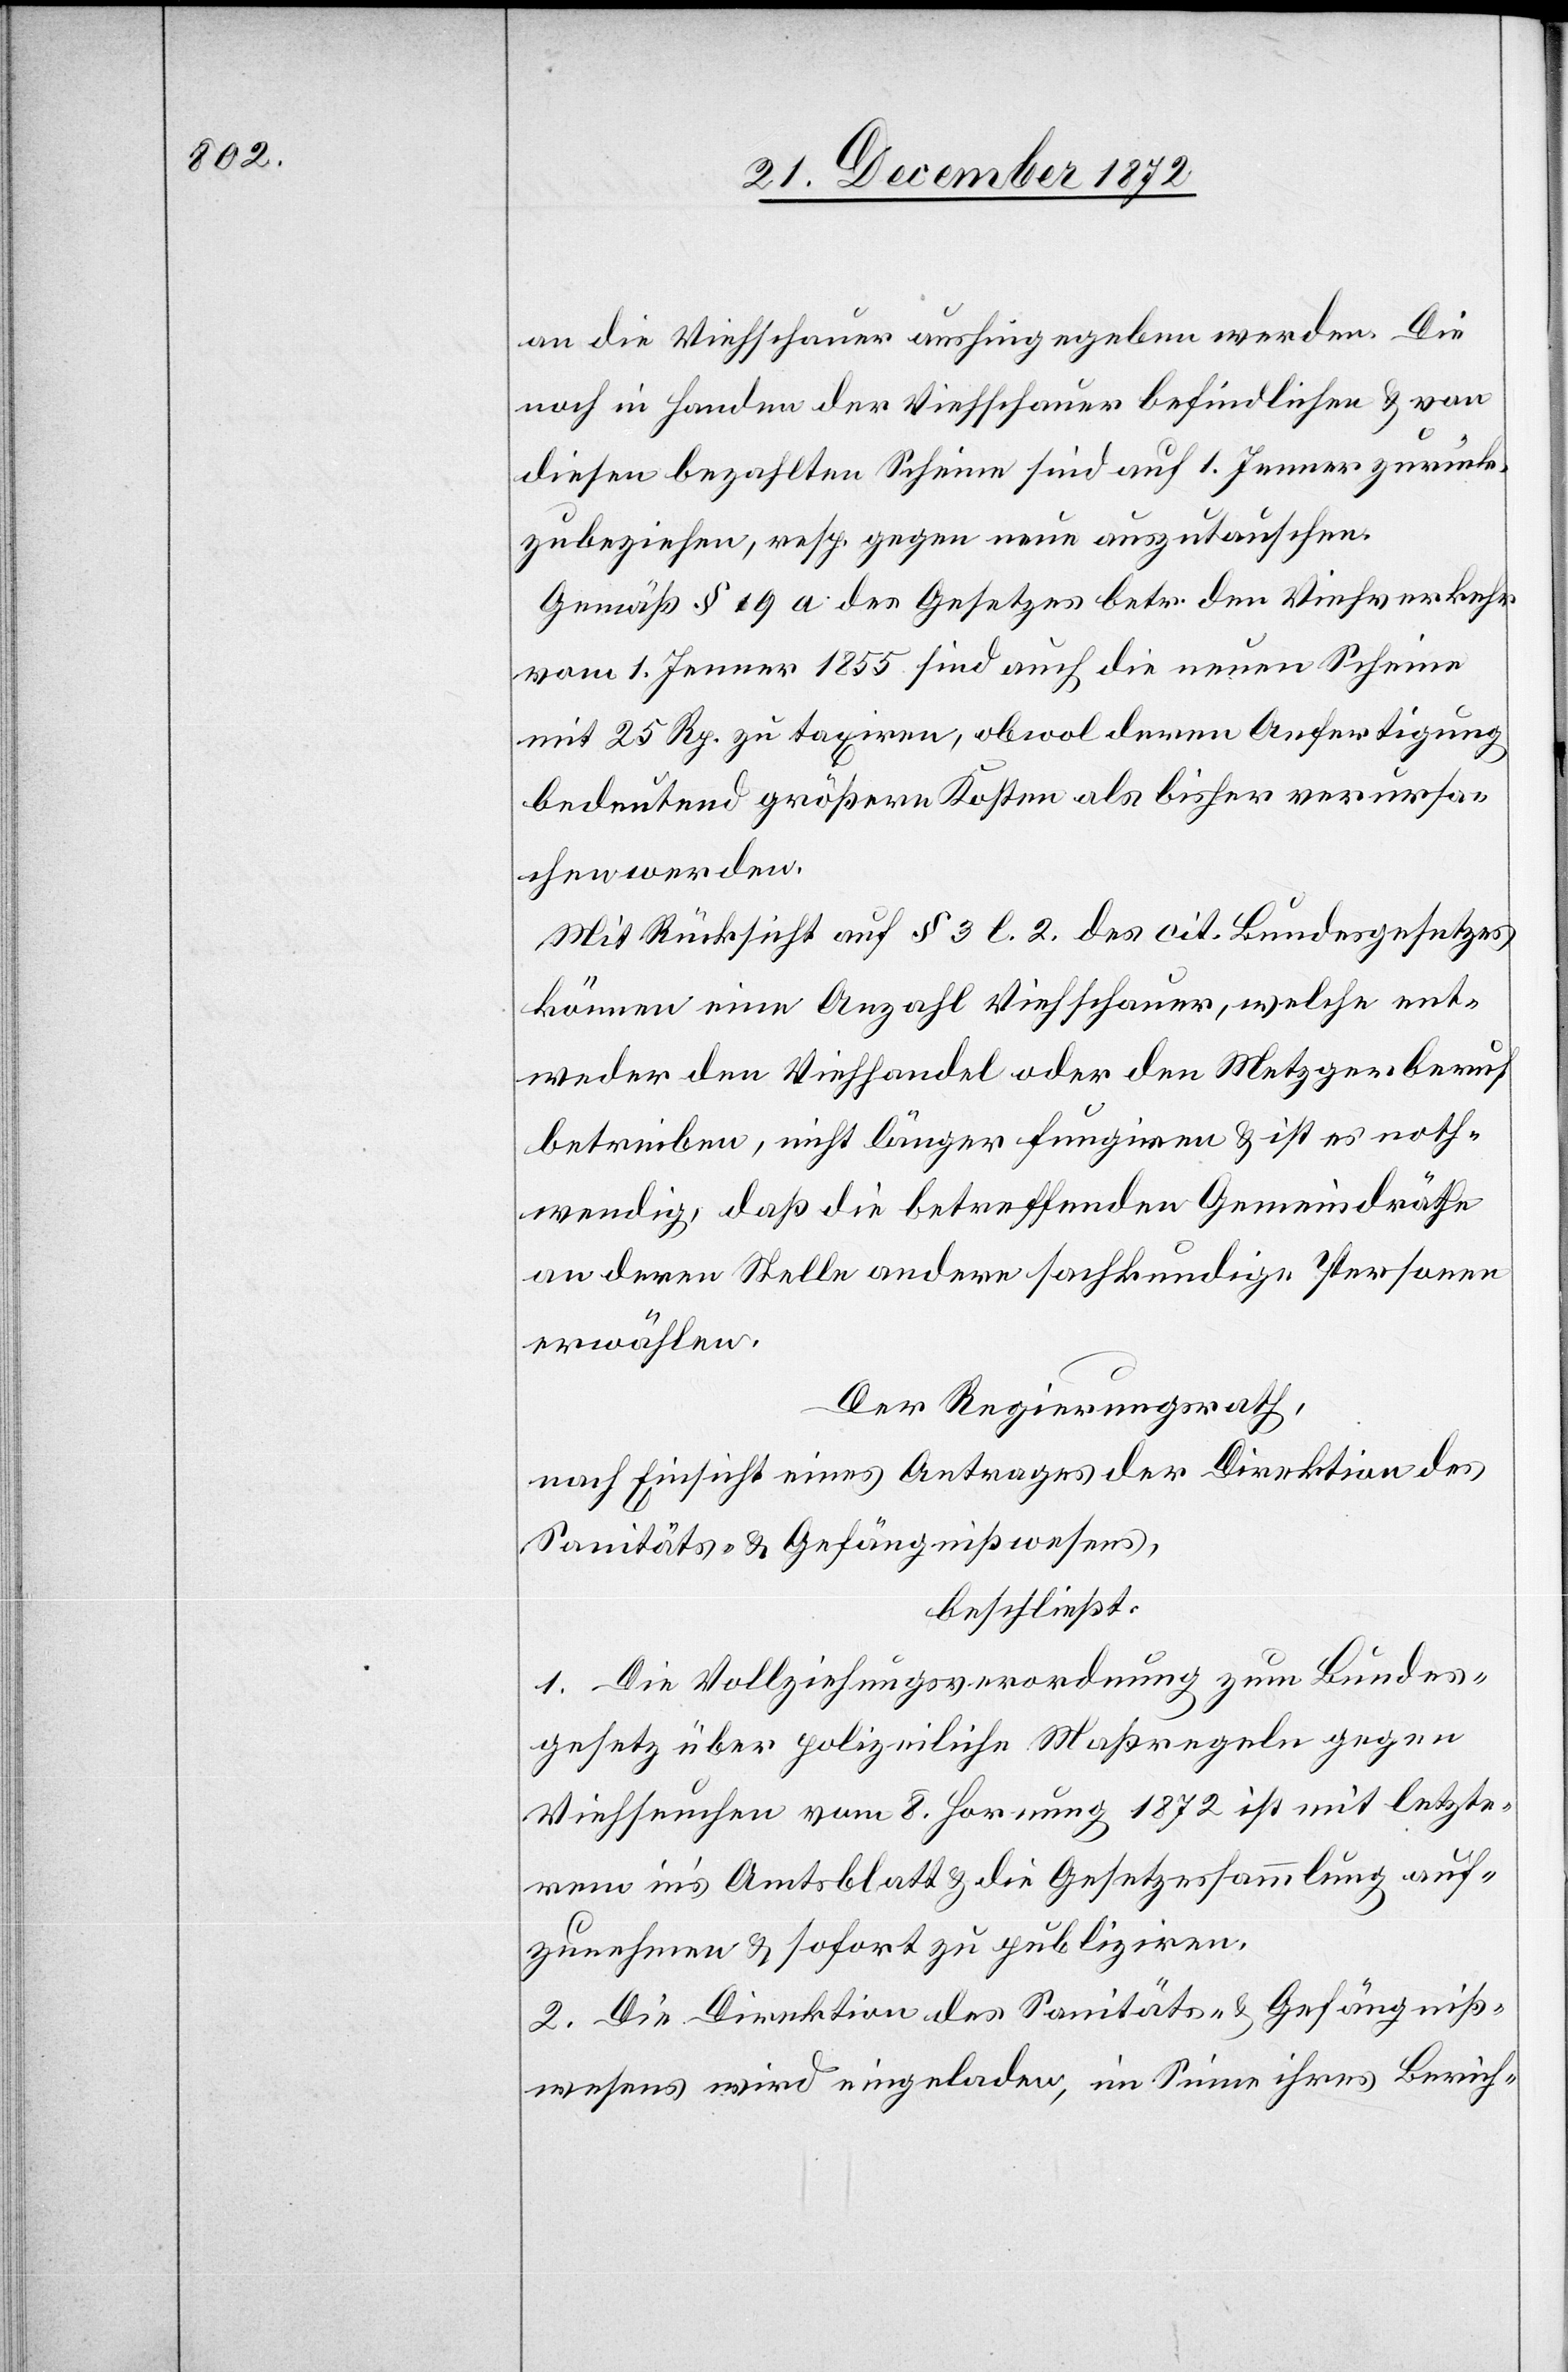
an die Viehschauer aushingegeben werden. Die
noch in Handen der Viehschauer befindlichen u. von
diesen bezahlten Scheine sind auf 1. Jenner zurück¬
zubeziehen [sic!], resp. gegen neue auszutauschen.
Gemäß § 19 a des Gesetzes betr. den Viehverkehr
vom 1. Jenner 1855 sind auch die neuen Scheine
mit 25 Rp. zu taxiren, obwol deren Anfertigung
bedeutend größere Kosten als bisher verursa¬
chen werden.
Mit Rücksicht auf § 3 l. 2. des cit. Bundesgesetzes
können eine Anzahl Viehschauer, welche ent¬
weder den Viehhandel oder den Metzgerberuf
betreiben, nicht länger fungiren u. ist es noth¬
wendig, daß die betreffenden Gemeindräthe
an deren Stelle andere sachkundige Personen
erwählen.
Der Regierungsrath,
nach Einsicht eines Antrages der Direktion des
Sanitäts- u. Gefängnißwesens,
beschließt:
1. Die Vollziehungsverordnung zum Bundes¬
gesetz über polizeiliche Maßregeln gegen
Viehseuchen vom 8. Hornung 1872 ist mit letzte¬
rem in’s Amtsblatt u. die Gesetzessammlung auf¬
zunehmen u. sofort zu publiziren.
2. Die Direktion des Sanitäts- u. Gefängniß¬
wesens wird eingeladen, im Sinne ihres Berich-